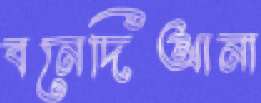
বনেদিআনা